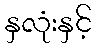
နှလုံးနှင့်